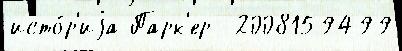
исто́р'иjа Парк'ер  2008159499